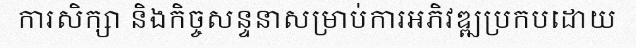
ការសិក្សា និងកិច្ចសន្ទនាសម្រាប់ការអភិវឌ្ឍប្រកបដោយ